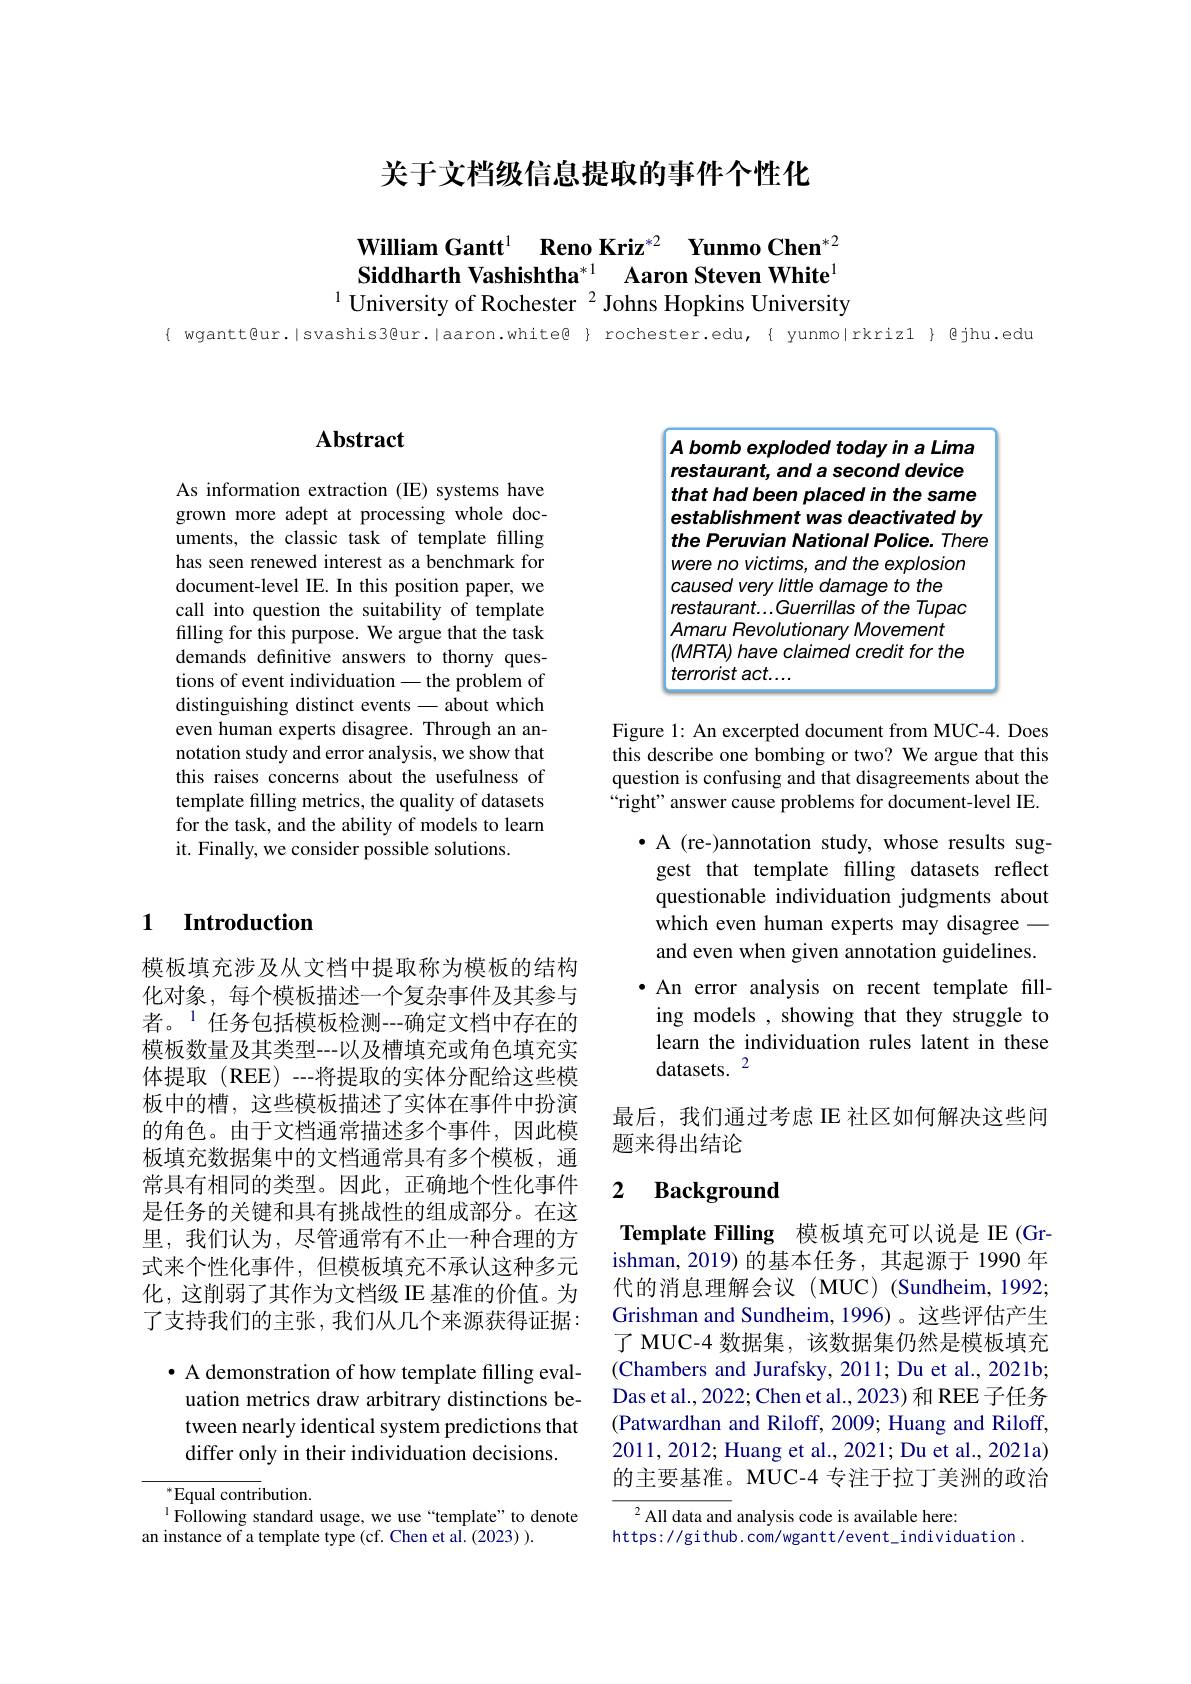
关于文档级信息提取的事件个性化

William Gantt$^{1}$ $\textbf{Reno Kriz}^{* 2}$ $\textbf{Yunmo Chen}^{* 2}$ Siddharth Vashishtha$^{*1}$ Aaron Steven White$^{1}$
$^{1}$ University of Rochester $^{2}$ Johns Hopkins University

{ wgantt@ur.|svashis3@ur.|aaron.white@ } rochester.edu,{ yunmo|rkriz1} @jhu.edu

## $\mathbf{Abstract}$

As information extraction (IE) systems have grown more adept at processing whole documents, the classic task of template filling has seen renewed interest as a benchmark for document-level IE. In this position paper, we call into question the suitability of template filling for this purpose. We argue that the task demands definitive answers to thorny questions of event individuation - the problem of distinguishing distinct events - about which even human experts disagree. Through an annotation study and error analysis, we show that this raises concerns about the usefulness of template filling metrics, the quality of datasets for the task, and the ability of models to learn it. Finally, we consider possible solutions.

## 1 Introduction

模板填充涉及从文档中提取称为模板的结构化对象，每个模板描述一个复杂事件及其参与者。$^{1}$任务包括模板检测--确定文档中存在的模板数量及其类型--以及槽填充或角色填充实体提取(REE)--将提取的实体分配给这些模板中的槽，这些模板描述了实体在事件中扮演的角色。由于文档通常描述多个事件，因此模板填充数据集中的文档通常具有多个模板，通常具有相同的类型。因此，正确地个性化事件是任务的关键和具有挑战性的组成部分。在这里，我们认为，尽管通常有不止一种合理的方式来个性化事件，但模板填充不承认这种多元化，这削弱了其作为文档级 IE 基准的价值。为了支持我们的主张，我们从几个来源获得证据： · A demonstration of how template filling eval-
uation metrics draw arbitrary distinctions between nearly identical system predictions that differ only in their individuation decisions.

${^*}{\mathrm{Equal~contri}}$bution.
$^{1}$Following standard usage, we use“template”to denote
an instance of a template type (cf. Chen et al. (2023) ).

A bomb exploded today in a Lima restaurant, and a second device that had been placed in the same establishment was deactivated by the Peruvian National Police. There were no victims, and the explosion
caused very little damage to the
restaurant...Guerrillas of the Tupac
Amaru Revolutionary Movement $(MRTA)$ have claimed credit for the terrorist act...

Figure 1: An excerpted document from MUC-4. Does this describe one bombing or two? We argue that this question is confusing and that disagreements about the “right” answer cause problems for document-level IE.
$\bullet$ A (re-)annotation study, whose results suggest that template filling datasets reflect questionable individuation judgments about which even human experts may disagree — and even when given annotation guidelines. ·An error analysis on recent template filling models , showing that they struggle to learn the individuation rules latent in these datasets. $^{2}$

最后，我们通过考虑 IE 社区如何解决这些问
题来得出结论

### 2 $\textbf{Background}$

Template Filling 模板填充可以说是 IE (Grishman,2019)的基本任务，其起源于 1990 年代的消息理解会议(MUC)(Sundheim,1992; Grishman and Sundheim, 1996)。这些评估产生了 MUC-4 数据集，该数据集仍然是模板填充(Chambers and Jurafsky, 2011; Du et al., 2021b; Das et al., 2022; Chen et al., 2023) 和 REE 子任务(Patwardhan and Riloff, 2009; Huang and Riloff, 2011,2012; Huang et al., 2021; Du et al., 2021a) 的主要基准。MUC-4 专注于拉丁美洲的政治

$^{2}$All data and analysis code is available here:
https: / / github. com/ wgantt/ event\_individuation.